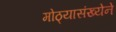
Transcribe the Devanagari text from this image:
मोठ्यासंख्येने